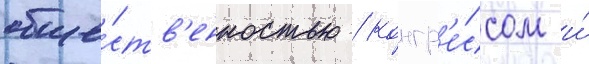
обще́ств'енностью / конгр'е́ссом и́